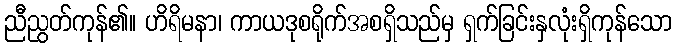
ညီညွတ်ကုန်၏။ ဟိရိမနာ၊ ကာယဒုစရိုက်အစရှိသည်မှ ရှက်ခြင်းနှလုံးရှိကုန်သော